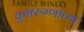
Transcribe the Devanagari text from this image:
कुष्ठरुग्णांच्या